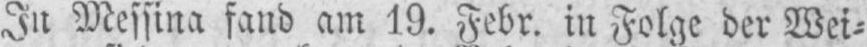
In Messina fand am 19. Febr. in Folge der Wei⸗